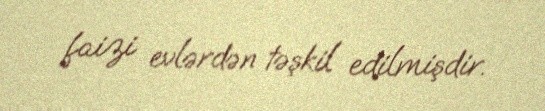
faizi evlərdən təşkil edilmişdir.